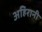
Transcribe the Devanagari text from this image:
अहिरानी